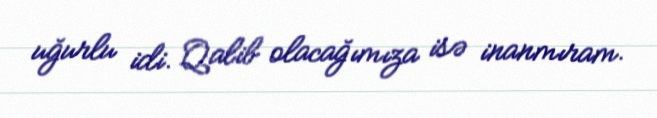
uğurlu idi. Qalib olacağımıza isə inanmıram.